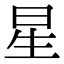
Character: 星